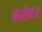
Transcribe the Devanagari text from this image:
लेसेटर